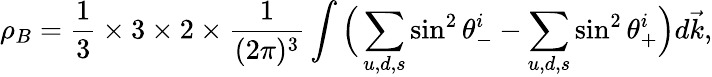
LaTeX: \rho_{B}=\frac{1}{3}\times 3\times 2\times\frac{1}{(2\pi)^{3}}\int\Big(\sum_{u,d,s}\sin^{2}\theta_{-}^{i}-\sum_{u,d,s}\sin^{2}\theta_{+}^{i}\Big)d\vec{k},